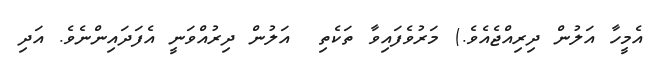
އެމީހާ އަލުން ދިރިއްޖެއެވެ.) މަރުވެފައިވާ ތަކެތި  އަލުން ދިރުއްވަނީ އެފަދައިންނެވެ. އަދި